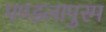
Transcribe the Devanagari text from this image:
पण्डलापुरम